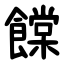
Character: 饓